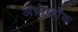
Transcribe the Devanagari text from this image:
अॅग्रोव्हॉक